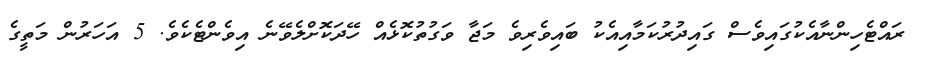
ރައްޓެހިންނާއެކުގައިވެސް ގައިދުރުކަމާއިއެކު ބައިވެރިވެ މަޖާ ވަގުތުކޮޅެއް ހޭދަކޮށްލެވޭނެ އިވެންޓެކެވެ. 5 އަހަރުން މަތީގެ